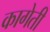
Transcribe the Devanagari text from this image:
कागेती